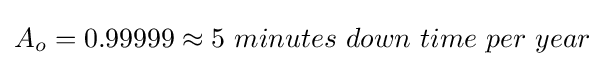
A_{o}=0.99999\approx 5\ minutes\ down\ time\ per\ year